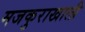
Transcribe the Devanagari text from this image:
मजकुराखाली